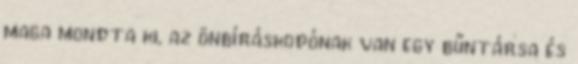
maga mondta ki, az önbíráskodónak van egy bűntársa és